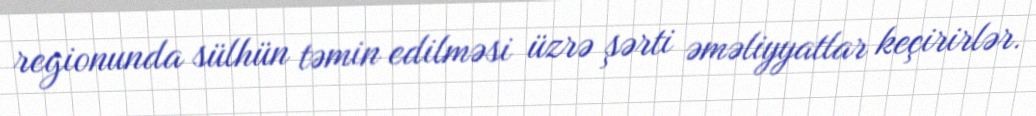
regionunda sülhün təmin edilməsi üzrə şərti əməliyyatlar keçirirlər.